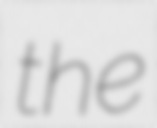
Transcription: the